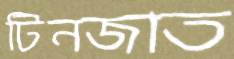
টিনজাত